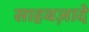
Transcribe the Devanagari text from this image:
साहबज़ादे